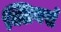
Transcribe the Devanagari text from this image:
क्लियर्स